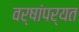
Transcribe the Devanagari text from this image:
वर्षांपर्यत